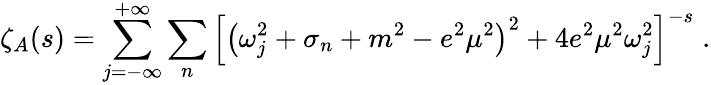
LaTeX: \zeta_{A}(s)=\sum_{j=-\infty}^{+\infty}\sum_{n}\left[\left(\omega_{j}^{2}+\sigma_{n}+m^{2}-e^{2}\mu^{2}\right)^{2}+4e^{2}\mu^{2}\omega_{j}^{2}\right]^{-s}\; .